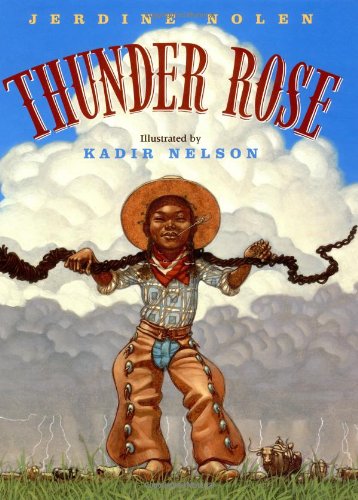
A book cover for Thunder Rose (Coretta Scott King Illustrator Honor Books); Jerdine Nolen; Children's Books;